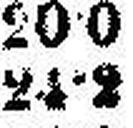
24•2